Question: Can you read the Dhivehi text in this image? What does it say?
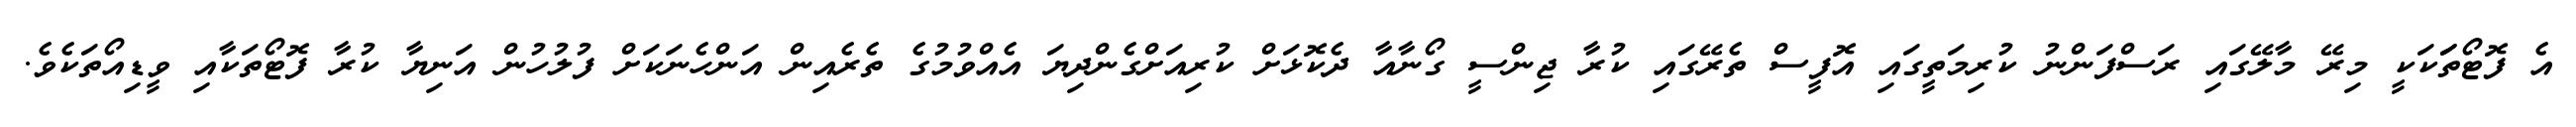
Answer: އެ ފޮޓޯތަަކަކީ މިރޭ މާލޭގައި ރަސްފަންނު ކުރިމަތީގައި އޮފީސް ތެރޭގައި ކުރާ ޖިންސީ ގޯނާއާ ދެކޮޅަށް ކުރިއަށްގެންދިޔަ އެއްވުމުގެ ތެރެއިން އަންހެނަކަށް ފުލުހުން އަނިޔާ ކުރާ ފޮޓޯތަކާއި ވީޑިއޯތަކެވެ.